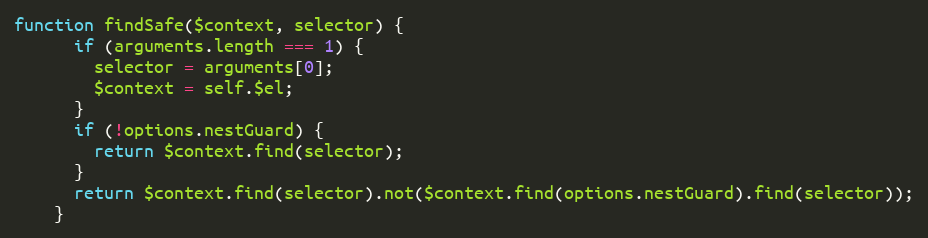
Language: JavaScript
function findSafe($context, selector) {
      if (arguments.length === 1) {
        selector = arguments[0];
        $context = self.$el;
      }
      if (!options.nestGuard) {
        return $context.find(selector);
      }
      return $context.find(selector).not($context.find(options.nestGuard).find(selector));
    }